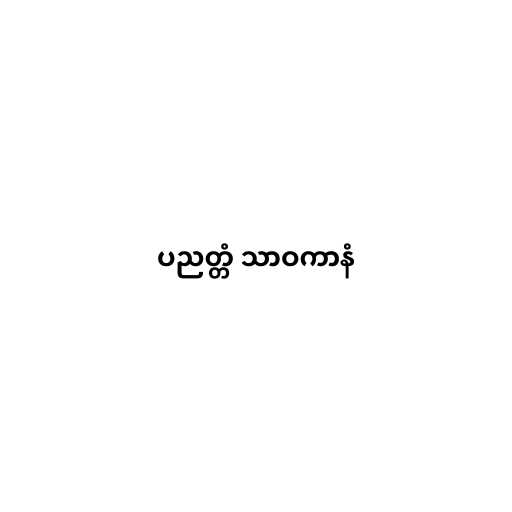
ပညတ္တံ သာဝကာနံ